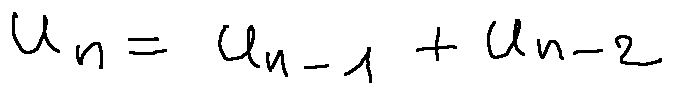
u _ { n } = u _ { n - 1 } + u _ { n - 2 }